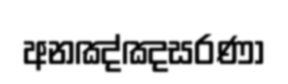
අනඤ්ඤසරණා